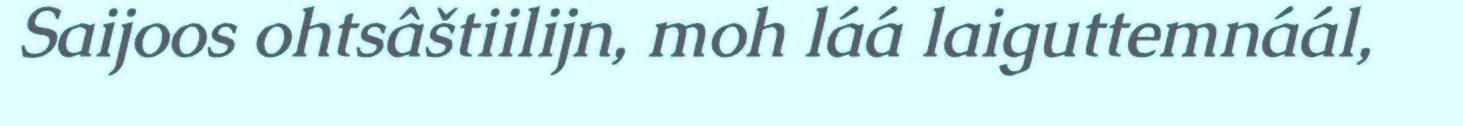
Saijoos ohtsâštiilijn, moh láá laiguttemnáál,